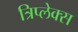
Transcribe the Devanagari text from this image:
त्रिप्लेक्स